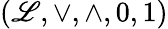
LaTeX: (\mathscr{L},\vee,\wedge,0,1)